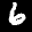
Label: 6